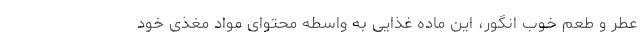
عطر و طعم خوب انگور، این ماده غذایی به واسطه محتوای مواد مغذی خود